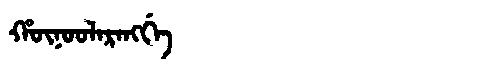
Manchu: ᡥᡡᠨᠣᠣᠯᠠᡵᠠᠩᡤᡝ
Romanization: HŪNOOLARANGGE